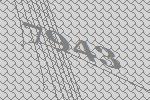
7943